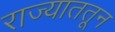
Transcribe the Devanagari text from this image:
राज्याततून